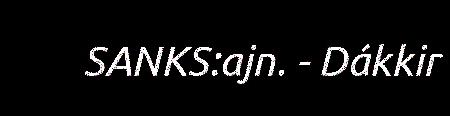
SANKS:ajn. - Dákkir